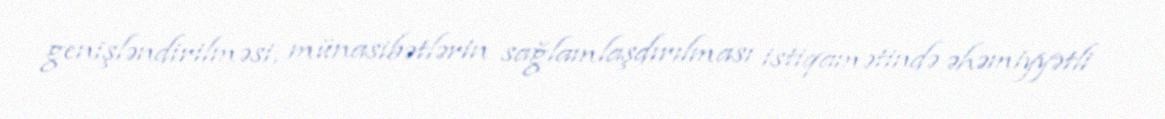
genişləndirilməsi, münasibətlərin sağlamlaşdırılması istiqamətində əhəmiyyətli